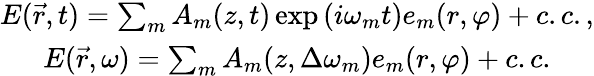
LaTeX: \begin{array}{c}{E(\vec{r},t)=\sum_{m}A_{m}(z,t)\exp{(i\omega_{m}t})e_{m}(r,\varphi)+c.c.,}\\ {E(\vec{r},\omega)=\sum_{m}A_{m}(z,\Delta\omega_{m})e_{m}(r,\varphi)+c.c.}\end{array}